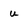
Character: u